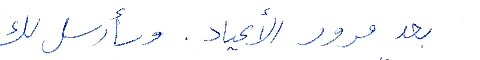
بعد مرور الأعياد. وسأرسل لك